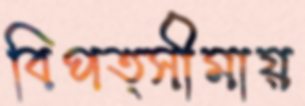
বিপত্সীমায়